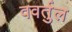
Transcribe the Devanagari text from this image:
ववर्तुल